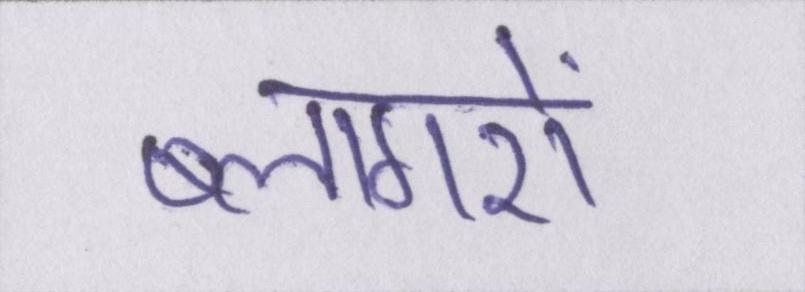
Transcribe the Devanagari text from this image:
ब्लागरों